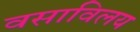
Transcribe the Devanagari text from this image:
वसाविलय